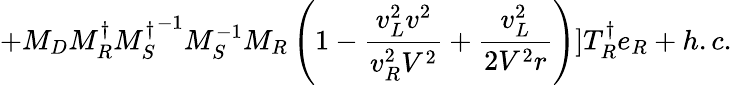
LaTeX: +M_{D}M_{R}^{\dagger}{M_{S}^{\dagger}}^{-1}M_{S}^{-1}M_{R}\left(1-\frac{v_{L}^{2}v^{2}}{v_{R}^{2}V^{2}}+\frac{v_{L}^{2}}{2V^{2}r}\right)]T_{R}^{\dagger}e_{R}+h.c.